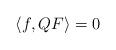
LaTeX: \begin{align*}\langle f,QF\rangle=0\end{align*}